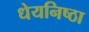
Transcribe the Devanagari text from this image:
धेयनिष्ठा